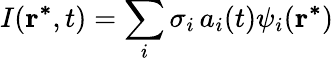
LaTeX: I(\mathbf{r^{*}},t)=\sum_{i}\sigma_{i}\, a_{i}(t)\psi_{i}(\mathbf{r^{*}})